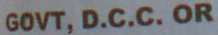
GOVT, D.C.C. OR